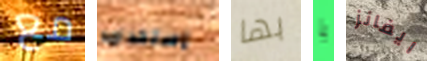
مع إستخدامه بها يا ايفانز